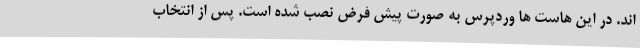
اند. در این هاست ها وردپرس به صورت پیش فرض نصب شده است. پس از انتخاب